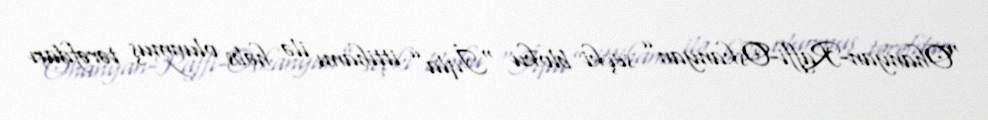
“Ohanyan-Raffi-Oskanyan” seçki bloku “İqla” ittihamı ilə həbs olunmuş tərəfdarı